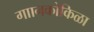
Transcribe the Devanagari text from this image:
गाानकोकिळा